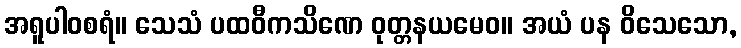
အရူပါဝစရံ။ သေသံ ပထဝီကသိဏေ ဝုတ္တနယမေဝ။ အယံ ပန ဝိသေသော,